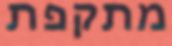
מתקפת